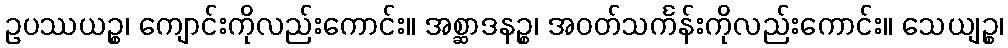
ဥပဿယဉ္စ၊ ကျောင်းကိုလည်းကောင်း။ အစ္ဆာဒနဉ္စ၊ အဝတ်သင်္ကန်းကိုလည်းကောင်း။ သေယျဉ္စ၊